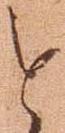
と